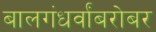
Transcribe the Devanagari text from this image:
बालगंधर्वांबरोबर